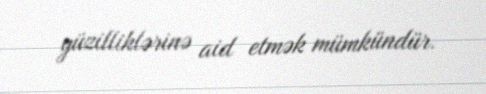
yüzilliklərinə aid etmək mümkündür.